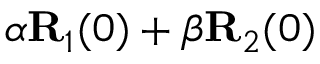
\alpha { \bf R } _ { 1 } ( 0 ) + \beta { \bf R } _ { 2 } ( 0 )